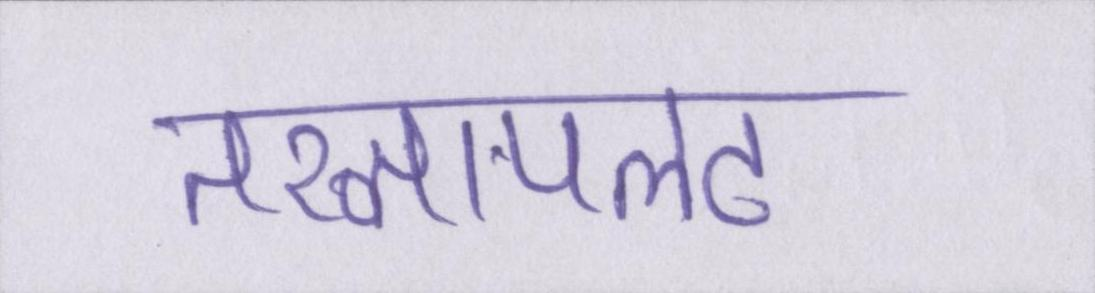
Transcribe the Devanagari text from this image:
तख्तापलट